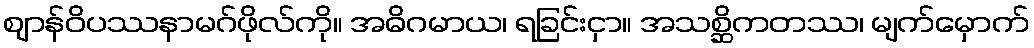
ဈာန်ဝိပဿနာမဂ်ဖိုလ်ကို။ အဓိဂမာယ၊ ရခြင်းငှာ။ အသစ္ဆိကတဿ၊ မျက်မှောက်